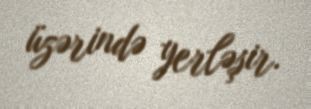
üzərində yerləşir.